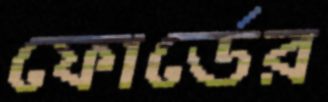
ফোর্ডের